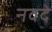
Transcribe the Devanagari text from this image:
नवदे